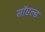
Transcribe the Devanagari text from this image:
सॉएल्ड